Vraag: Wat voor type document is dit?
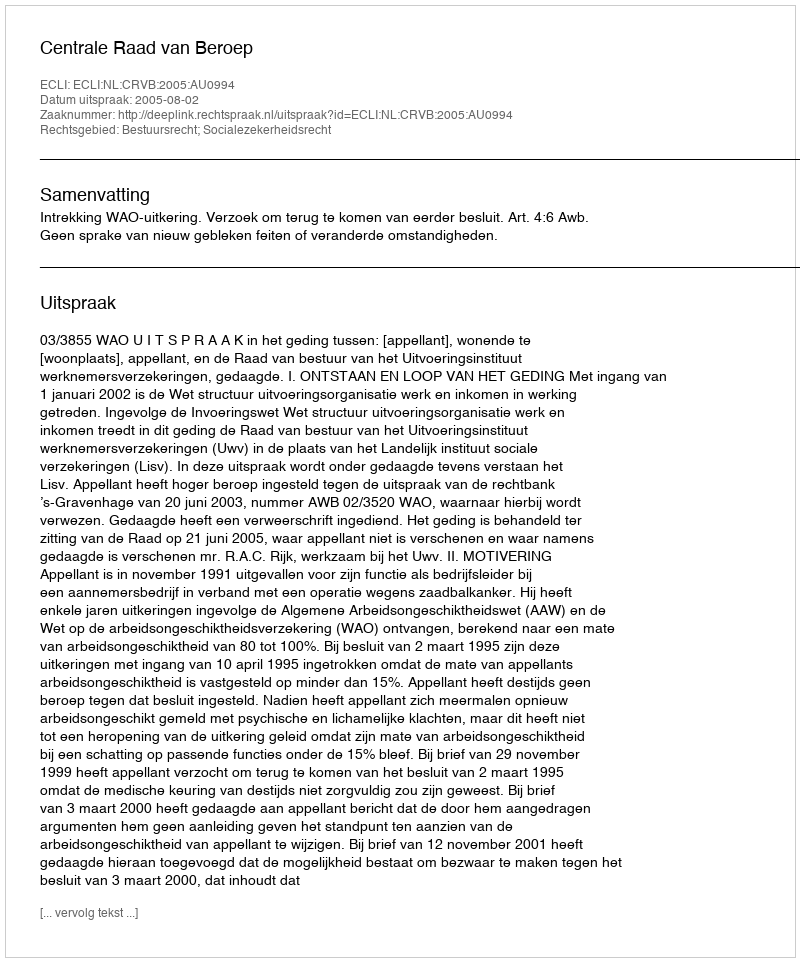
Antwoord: Uitspraak